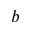
_ b